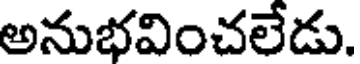
అనుభవించలేడు.